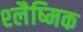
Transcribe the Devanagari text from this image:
श्‍लैष्‍मिक